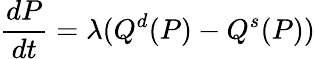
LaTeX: {\frac{dP}{dt}}=\lambda(Q^{d}(P)-Q^{s}(P))